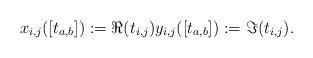
LaTeX: \begin{align*}x_{i,j}([t_{a,b}]):=\Re(t_{i,j})y_{i,j}([t_{a,b}]):=\Im(t_{i,j}).\end{align*}